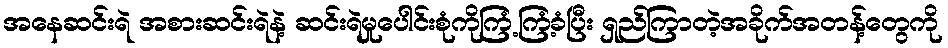
အနေဆင်းရဲ အစားဆင်းရဲနဲ့ ဆင်းရဲမှုပေါင်းစုံကိုကြံ့ကြံ့ခံပြီး ရှည်ကြာတဲ့အခိုက်အတန့်တွေကို